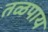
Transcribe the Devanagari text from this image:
तळपाय